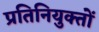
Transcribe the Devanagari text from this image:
प्रतिनियुक्तों